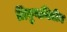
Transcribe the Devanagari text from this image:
त्रिगुणमितीय